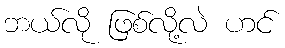
ဘယ်လို ဖြစ်လို့လဲ ဟင်